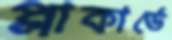
প্লাকার্ডে